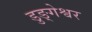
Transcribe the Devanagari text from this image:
डुङ्गेश्वर